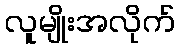
လူမျိုးအလိုက်